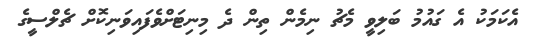
އެކަމަކު އެ ގައުމު ބަލިވީ މެޗު ނިމެން ތިން ދެ މިނިޓަށްވެފައިވަނިކޮށް ޗެލްސީގެ